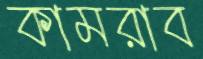
কামরাব